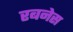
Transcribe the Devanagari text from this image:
रबनेस